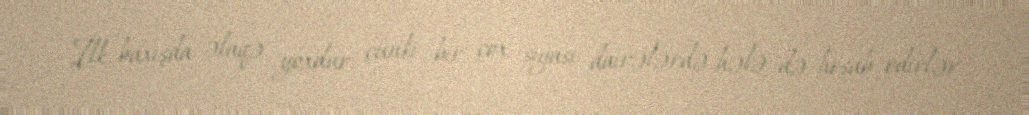
İlk baxışda əlaqə yoxdur, çünki bir çox siyasi dairələrdə hələ də hesab edirlər